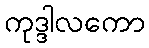
ကုဒ္ဒါလကော